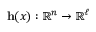
\mathbf { h } ( x ) : \, \! \mathbb { R } ^ { n } \rightarrow \mathbb { R } ^ { \ell }